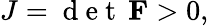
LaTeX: J=\mathrm{~d~e~t~}\, \mathbf{F}>0,